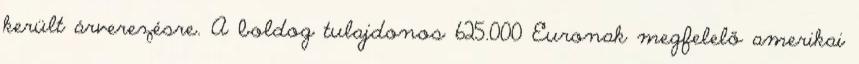
került árverezésre. A boldog tulajdonos 625.000 Euronak megfelelő amerikai